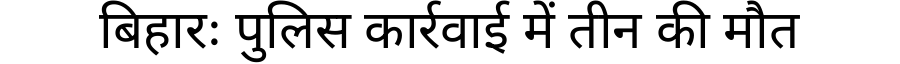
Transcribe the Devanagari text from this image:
बिहारः पुलिस कार्रवाई में तीन की मौत